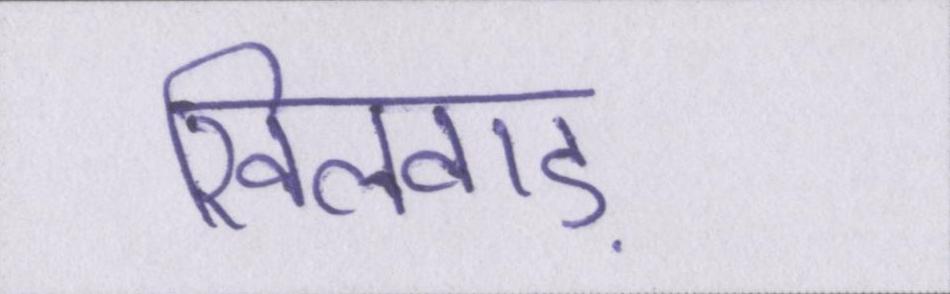
खिलवाड़